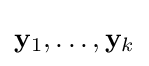
\mathbf {y} _{1},\ldots ,\mathbf {y} _{k}